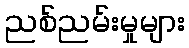
ညစ်ညမ်းမှုများ